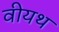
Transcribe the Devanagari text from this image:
वीयथ